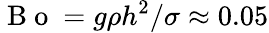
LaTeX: \mathrm{~B~o~}=g\rho h^{2}/\sigma\approx 0.05